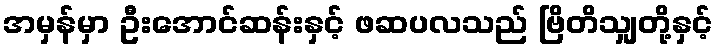
အမှန်မှာ ဦးအောင်ဆန်းနှင့် ဖဆပလသည် ဗြိတိသျှတို့နှင့်